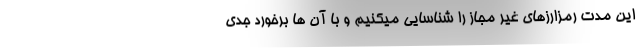
این مدت رمزارزهای غیر مجاز را شناسایی میکنیم و با آن ها برخورد جدی